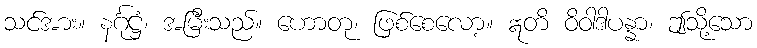
သင်အား။ နင်္ဂုဋ္ဌံ၊ အမြီးသည်။ ဟောတု၊ ဖြစ်စေလော့။ ဣတိ ဝိဝါဒါပန္နာ၊ ဤသို့သော